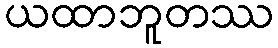
ယထာဘူတဿ